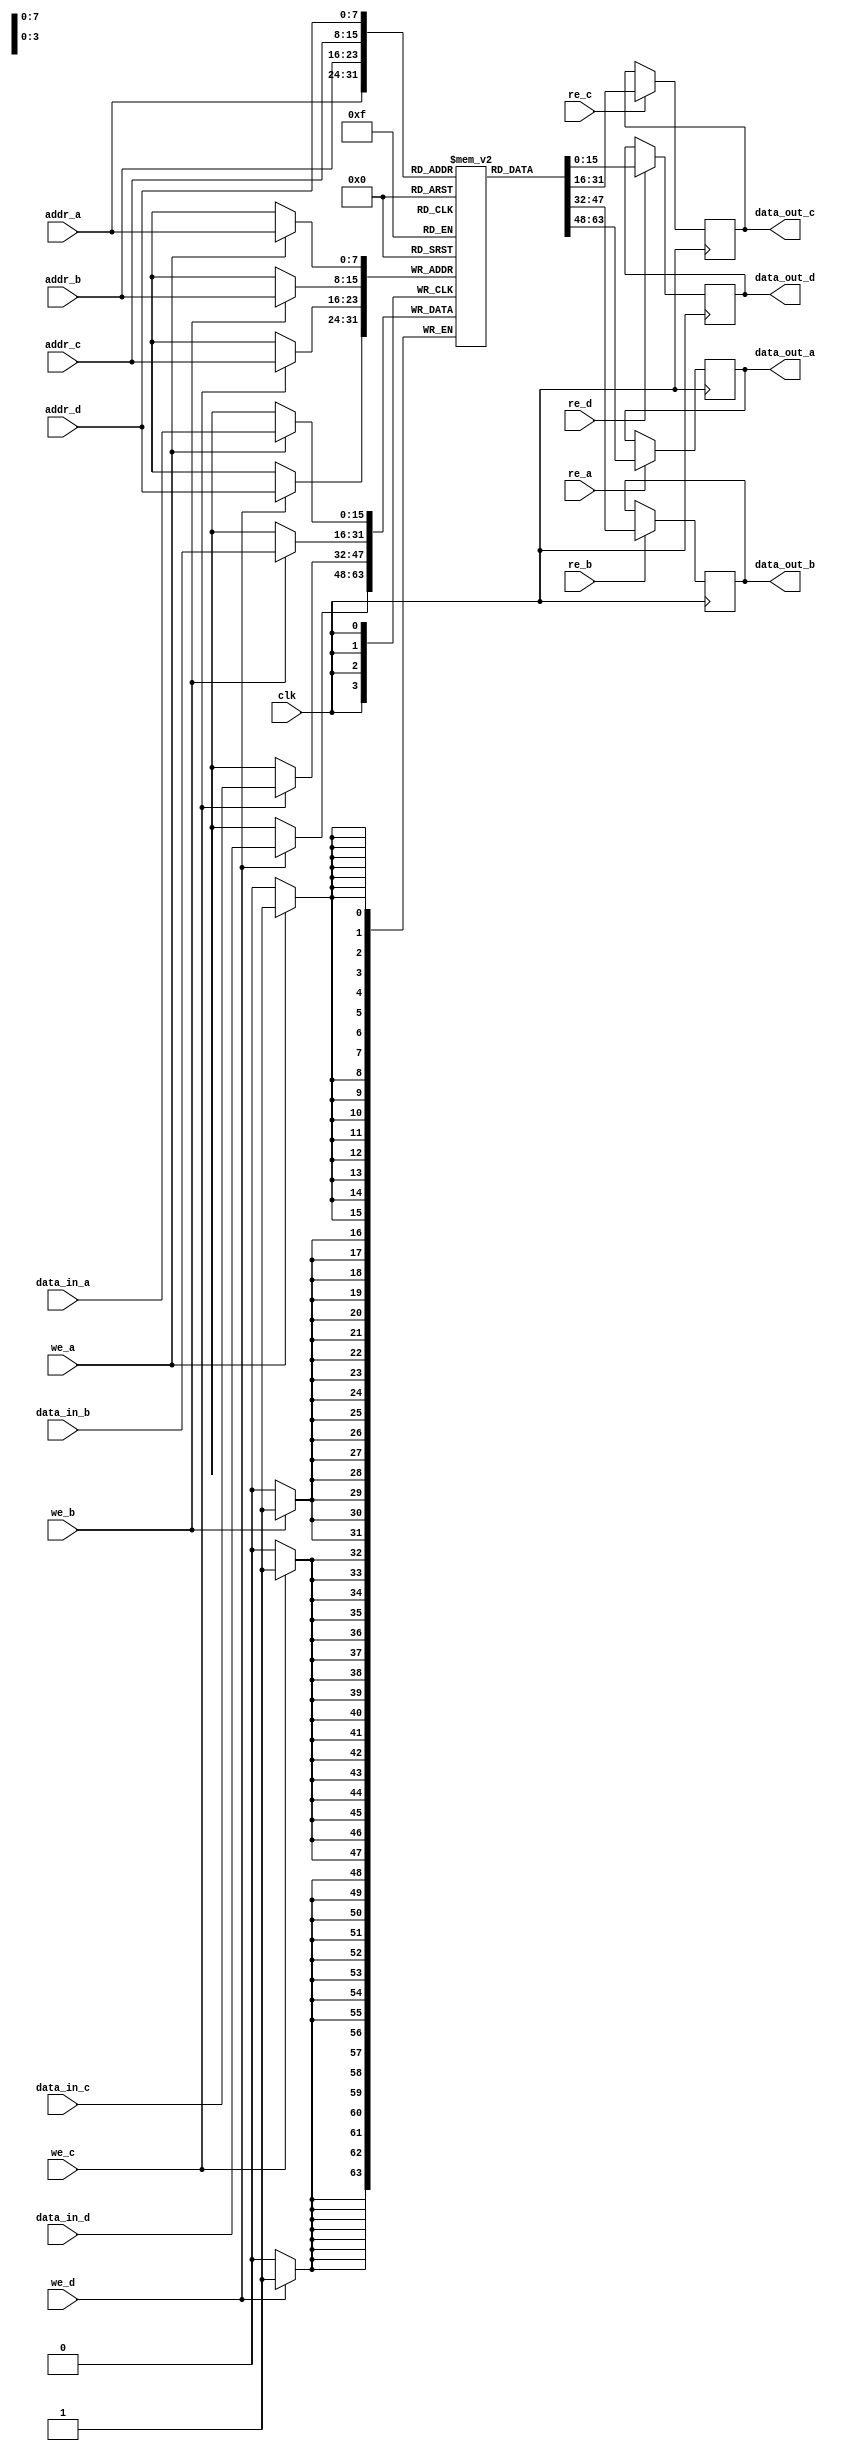
module quad_port_ram #(
    parameter N = 8,  // Address width
    parameter M = 16  // Data width
)(
    input wire clk,                    // Clock signal
    input wire [N-1:0] addr_a,        // Address for Port A
    input wire [N-1:0] addr_b,        // Address for Port B
    input wire [N-1:0] addr_c,        // Address for Port C
    input wire [N-1:0] addr_d,        // Address for Port D
    input wire [M-1:0] data_in_a,     // Data input for Port A
    input wire [M-1:0] data_in_b,     // Data input for Port B
    input wire [M-1:0] data_in_c,     // Data input for Port C
    input wire [M-1:0] data_in_d,     // Data input for Port D
    input wire we_a,                   // Write enable for Port A
    input wire we_b,                   // Write enable for Port B
    input wire we_c,                   // Write enable for Port C
    input wire we_d,                   // Write enable for Port D
    input wire re_a,                   // Read enable for Port A
    input wire re_b,                   // Read enable for Port B
    input wire re_c,                   // Read enable for Port C
    input wire re_d,                   // Read enable for Port D
    output reg [M-1:0] data_out_a,    // Data output for Port A
    output reg [M-1:0] data_out_b,    // Data output for Port B
    output reg [M-1:0] data_out_c,    // Data output for Port C
    output reg [M-1:0] data_out_d      // Data output for Port D
);

    // Memory array declaration
    reg [M-1:0] ram [(2**N)-1:0]; // 2^N x M RAM

    always @(posedge clk) begin
        // Port A operations
        if (we_a) begin
            ram[addr_a] <= data_in_a; // Write data to RAM
        end
        if (re_a) begin
            data_out_a <= ram[addr_a]; // Read data from RAM
        end

        // Port B operations
        if (we_b) begin
            ram[addr_b] <= data_in_b; // Write data to RAM
        end
        if (re_b) begin
            data_out_b <= ram[addr_b]; // Read data from RAM
        end

        // Port C operations
        if (we_c) begin
            ram[addr_c] <= data_in_c; // Write data to RAM
        end
        if (re_c) begin
            data_out_c <= ram[addr_c]; // Read data from RAM
        end

        // Port D operations
        if (we_d) begin
            ram[addr_d] <= data_in_d; // Write data to RAM
        end
        if (re_d) begin
            data_out_d <= ram[addr_d]; // Read data from RAM
        end
    end

endmodule